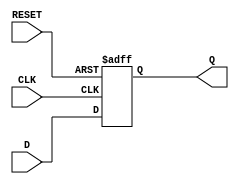
module FlipFlopRegister #(parameter N = 8) (
    input wire [N-1:0] D,       // Data input
    input wire CLK,             // Clock input
    input wire RESET,           // Asynchronous reset
    output reg [N-1:0] Q        // Output
);

    // Always block for the register behavior
    always @(posedge CLK or posedge RESET) begin
        if (RESET) begin
            Q <= {N{1'b0}};       // Reset output to 0
        end else begin
            Q <= D;              // Load data on clock edge
        end
    end

endmodule